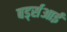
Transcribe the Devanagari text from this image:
बर्ड्सआई